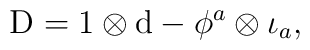
{\rm D}=1 \otimes {\rm d} -   \phi^a \otimes \iota_a,